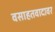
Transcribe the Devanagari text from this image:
वसाहतवादावर